Punjab Mental Hospital Lahore 1932-46 - 1932-1946
Year: 1932
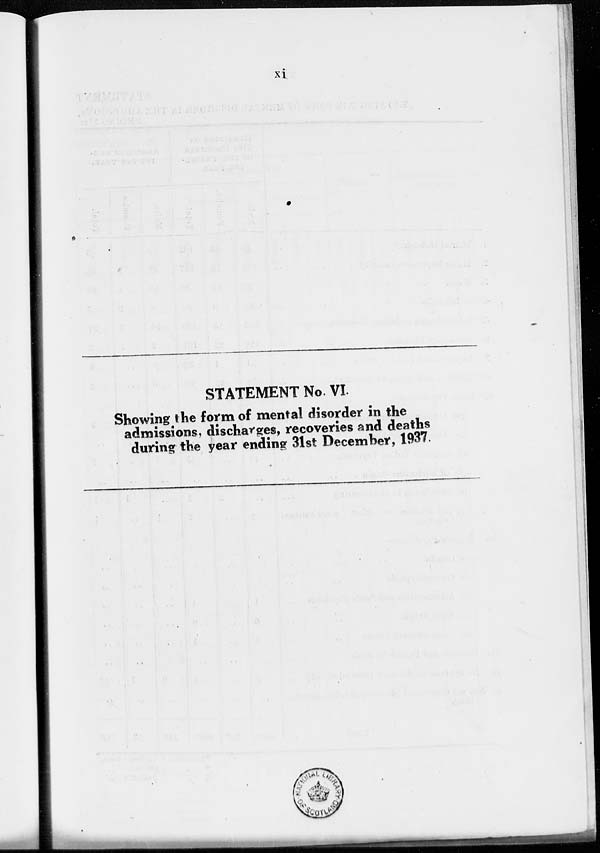
xi
STATEMENT No. VI.
Showing the form of mental disorder in the
admissions, discharges, recoveries and deaths
during the year ending 31st December, 1937.